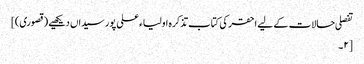
تفصلی حالات کے لیے احقر کی کتاب تذکرہ اولیاء علی پور سیداں دیکھیے (قصوری)]
[۲۔